Vital statistics of India. Vol. IV, Annual returns from 1871 to 1876. British Army of India, Native Army and jails of Bengal
Year: 1871
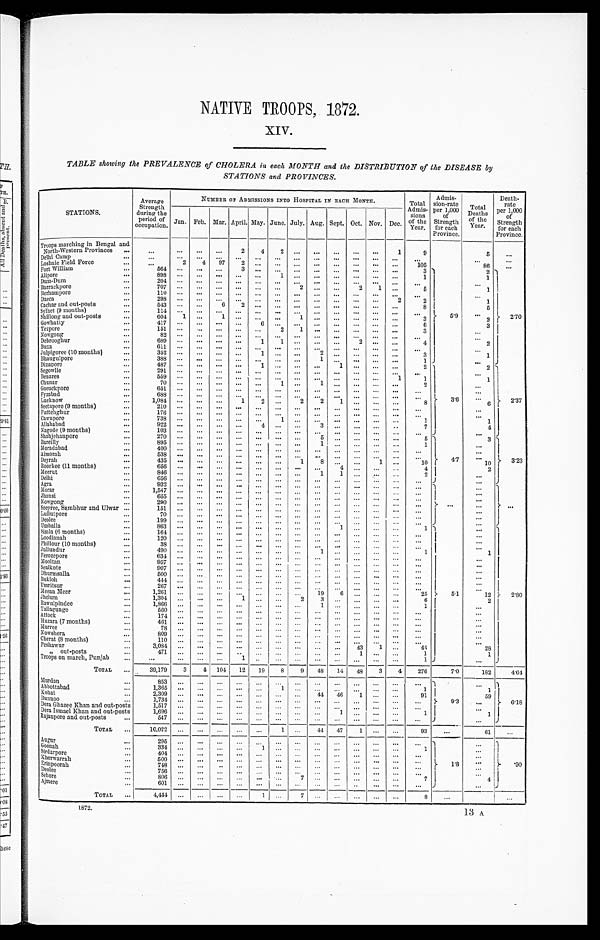
NATIVE TROOPS, 1872.
XIV.
TABLE showing the PREVALENCE of CHOLERA in each MONTH and the DISTRIBUTION of the DISEASE by
STATIONS and PROVINCES.
STATIONS.
Average
Strength
during the
period of
occupation.
NUMBER OF ADMISSIONS INTO HOSPITAL IN EACH MONTH.
Total
Admis-
sions
of the
Year.
Admis-
sion-rate
per 1,000
of
Strength
for each
Province.
Total
Deaths
of the
Year.
Death-
rate
per 1 000
of
Strength
for each
Province.
Jan. Feb. Mar. April.
June. July. Aug.
Oct. Nov. Dec.
May.
Sept.
Troops marching in Bengal and
North-Western Provinces . . .
. . . . . .
. . .
. . .
2
4
2
. . .
. . .
. . .
. . .
. . .
1
9
5
. . .
Delhi Camp . . .
. . . . . .
. . .
. . .
. . .
. . .
. . .
. . .
. . .
. . .
. . .
. . .
. . .
. . .
. . .
. . .
Loshaie Field Force . . .
. . . 2
4
97
2
. . .
. . .
. . .
. . .
. . .
. . .
. . .
. . .
1 0 5
8 6
. . .
Fort William . . .
5 6 4
. . .. . .
. . .
3
. . .
. . .
. . .
. . .
. . .
. . .
. . .
. . .
3
5.9
2
2 . 7 0
Alipore . . .
8 9 8
. . .. . .
. . .
. . .
. . .
1
. . .
. . .
. . .
. . .
. . .
. . .
1
1
Dum-Dum . . .
204
. . .. . .
. . .
. . .
. . .
. . .
. . .
. . .
. . .
. . .
. . .
. . .
. . .
. . .
Barrackpore . . .
7 0 7
. . .. . .
. . .
. . .
. . .
. . .
2
. . .
. . .
2
1
. . .
5
1
Berhampore . . .
1 1 0 . . .
. . .
. . .
. . .
. . .
. . .
. . .
. . .
. . .
. . .
. . .
. . .
. . .
. . .
D a c c a . . .
2 9 8. . .
. . .
. . .
. . .
. . .
. . .
. . .
. . .
. . .
. . .
. . .
2
2
1
Cachar and out-posts . . .
543
. . .
. . .
6
2
. . .
. . .
. . .
. . .
. . .
. . .
. . .
. . .
8
5
Sylhet (9 months) . . .
1 1 4. . .
. . .
. . .
. . .
. . .
. . .
. . .
. . .
. . .
. . .
. . .
. . .
. . .
. . .
Shillong and out-posts . . .
604
1
. . .
1
. . .
. . .
. . .
1
. . .
. . .
. . .
. . .
. . .
3
2
Gowhatty . . .
4 1 7
. . . . . .
. . .
. . .
6
. . . . . .
. . .
. . .
. . .
. . .
. . .
6
3
Tezpore . . .
151
. . .
. . .
. . .
. . .
. . .
2 1
. . .
. . .
. . .
. . .
. . .
3
. . .
Nowgong . . .
82 . . .
. . .
. . .
. . .
. . .
. . .. . .
. . .
. . .
. . .
. . .
. . .
. . .
. . .
Debrooghur
689 . . .
. . .
. . .
. . .
1
1 . . .
. . .
. . .
2
. . .
. . .
4
2
Buxa . . .
611 . . .
. . .
. . .
. . .
. . .
. . .. . .
. . .
. . .
. . .
. . .
. . .
. . .
. . .
Julpigoree (10 months) . . .
3 5 2. . .
. . .
. . .
. . .
1
. . .. . .
2
. . .
. . .
. . .
. . .
3
1
Bhaugulpore . . .
388 . . .
. . .
. . .
. . .
. . .
. . .. . .
1
. . .
. . .
. . .
. . .
1
. . .
Di napor e . . .
487 . . .
. . .
. . .
. . .
1
. . .. . .
. . .
1
. . .
. . .
. . .
2
3.6
2
2.37
Segowlie . . .
291 . . .
. . .
. . .
. . .
. . .
. . .
. . .
. . .
. . .
. . .
. . .
. . .
. . .
. . .
Benares . . .
5 5 9. . .
. . .
. . .
. . .
. . .
. . .
. . .
. . .
. . .
. . .
. . .
1
1
1
Chunar . . .
70 . . .
. . .
. . .
. . .
. . .
1
. . .
1
. . .
. . .
. . .
. . .
2
. . .
Goruckpore . . .
651 . . .
. . .
. . .
. . .
. . .
. . .
. . . . . .
. . .
. . .
. . .
. . .
. . .
. . .
Fyzabad . . .
6 8 8. . .
. . .
. . .
. . .
. . .
. . .
. . .
. . .
. . .
. . .
. . .
. . .
. . .
. . .
Luc know . . .
1,084 . . .
. . .
. . .
1
2
. . .
2
2
1
. . .
. . .
. . .
8
6
Seetapore (9 months) . . .
210
. . .
. . .
. . .
. . .
. . .
. . .. . .
. . .
. . .
. . .
. . .
. . .
. . .
. . .
Futtehghur . . .
1 7 6. . .
. . .
. . .
. . .
. . .
. . .
. . .
. . .
. . .
. . .
. . .
. . .
. . .
. . .
Cawnpore . . .
738
. . .
. . .
. . .
. . .
. . .
1
. . .
. . .
. . .
. . .
. . .
. . .
1
1
Al l a ha ba d . . .
922
. . .
. . .
. . .
. . .
4
. . .
. . .
3
. . .
. . .
. . .
. . .
7
4
Nagode (9 months) . . .
103
. . .
. . .
. . .
. . .
. . .
. . .
. . .
. . .
. . .
. . .
. . .
. . .
. . .
. . .
Shahjehanpore . . .
2 7 0. . .
. . .
. . .
. . .
. . .
. . .
. . .
5
. . .
. . .
. . .
. . .
5
4.7
3
3.23
Bareilly . . .
895 . . .
. . .
. . .
. . .
. . .
. . .
. . .
1
. . .
. . .
. . .
. . .
1
. . .
Mor a da ba d . . .
4 0 0. . .
. . .
. . .
. . .
. . .
. . .
. . .
. . .
. . .
. . .
. . .
. . .
. . .
. . .
Almorah . . .
5 3 8
. . .
. . .
. . .
. . .
. . .
. . .
. . .
. . .
. . .
. . .
. . .
. . .
. . .
Deyrah . . .
4 3 5. . .
. . .
. . .
. . .
. . .
. . .
1
8
. . .
. . .
1
. . .
10
1 0
Roorkee (11 months) . . .
6 5 6. . .
. . .
. . .
. . .
. . .
. . . . . .
. . .
4
. . .
. . .
. . .
4
2
Meerut . . .
8 4 6. . .
. . .
. . .
. . .
. . .
. . . . . .
1
1
. . .
. . .
. . .
2
. . .
Del hi . . .
6 5 6. . .
. . .
. . .
. . .
. . .
. . . . . .
. . .
. . .
. . .
. . .
. . .
. . .
. . .
Agra . . .
9 3 2. . .
. . .
. . .
. . .
. . .
. . . . . .
. . .
. . .
. . .
. . .
. . .
. . .
. . .
. . .
. . .
Morar . . .
1,547
. . .
. . .
. . .
. . .
. . .
. . .
. . .
. . .
. . .
. . .
. . .
. . .
. . .
. . .
Jhansi . . .
655
. . .
. . .
. . .
. . .
. . .
. . .
. . .
. . .
. . .
. . .
. . .
. . .
. . .
. . .
Nowgong . . .
290
. . .
. . .
. . .
. . .
. . .
. . .
. . .
. . .
. . .
. . .
. . .
. . .
. . .
. . .
Seepree, Sambhur and Ulwar . . .
151
. . .
. . .
. . .
. . .
. . .
. . .
. . .
. . .
. . .
. . .
. . .
. . .
. . .
. . .
Lullutpore . . .
7 0
. . .
. . .
. . .
. . .
. . .
. . .
. . .
. . .
. . .
. . .
. . .
. . .
. . .
. . .
Deolee . . .
1 9 9. . .
. . .
. . .
. . .
. . .
. . .
. . .
. . .
. . .
. . .
. . .
. . .
. . .
. . .
Umballa . . .
863
. . .
. . .
. . .
. . .
. . .
. . .
. . .
. . .
. . .
. . .
. . .
. . .
. . .
. . .
Simla (6 months)
. . .
164 . . .
. . .
. . .
. . .
. . .
. . .
. . .
. . .. . .
1
. . .
. . .
1
5.1
. . .
2.80
Loodianah . . .
120
. . .
. . .
. . .
. . .
. . .
. . .
. . .
. . .
. . .
. . .
. . .
. . .
. . .
. . .
Phillour (10 months) . . .
3 8
. . . . . .
. . .
. . .
. . .
. . .
. . .
. . .
. . .
. . .
. . .
. . .
. . .
. . .
Jullundur . . .
490
. . .
. . .
. . .
. . .
. . .
. . .
. . .
1
. . .
. . .
. . .
. . .
1
1
Fe r o z e p o r e . . .
634 . . .
. . .
. . .
. . .
. . .
. . .
. . .
. . .
. . .
. . .
. . .
. . .
. . .
. . .
Mool t an . . .
957 . . .
. . .
. . .
. . .
. . .
. . .
. . .
. . .
. . .
. . .
. . .
. . .
. . .
. . .
Sealkote . . .
907
. . .
. . .
. . .
. . .
. . .
. . .
. . .
. . .
. . .
. . .
. . .
. . .
. . .
. . .
Dhurmsalla . . .
5 0 0. . .
. . .
. . .
. . .
. . .
. . .
. . .
. . .
. . .
. . .
. . .
. . .
. . .
. . .
Bukloh . . .
444
. . .
. . .
. . .
. . .
. . .
. . .
. . .
. . .
. . .
. . .
. . .
. . .
. . .
. . .
Umritsur . . .
2 6 7. . .
. . .
. . .
. . .
. . .
. . .
. . .
. . .
. . .
. . .
. . .
. . .
. . .
. . .
Meean Meer . . .
1,261
. . .
. . .
. . .
. . .
. . .
. . .
. . .
19
6
. . .
. . .
. . .
2 5
1 2
Jhelum . . .
1,304
. . .
. . .
. . .
1
. . .
. . .
2
3
. . .
. . .
. . .
. . .
6
2
Rawulpindee . . .
1,866
. . .
. . .
. . .
. . .
. . .
. . . . . .
1
. . .
. . .
. . .
. . .
1
. . .
Tallagunge . . .
5 6 0. . .
. . .
. . .
. . .
. . .
. . .
. . .
. . .
. . .
. . .
. . .
. . .
. . .
. . .
At t ock . . .
1 7 4. . .
. . .
. . .
. . .
. . .
. . .
. . .
. . .
. . .
. . .
. . .
. . .
. . .
. . .
Huzara (7 months)
. . .
4 6 1. . .
. . .
. . .
. . .
. . .
. . .
. . .
. . .
. . .
. . .
. . .
. . .
. . .
. . .
Mur r ee . . .
7 8
. . .
. . .
. . .
. . .
. . .
. . .
. . .
. . .
. . .
. . .
. . .
. . .
. . .
. . .
Nowshera . . .
8 0 9. . .
. . .
. . .
. . .
. . .
. . .
. . .
. . .
. . .
. . .
. . .
. . .
. . .
. . .
Cherat (8 months) . . .
110
. . .
. . .
. . .
. . .
. . .
. . .
. . .
. . .
. . .
. . .
. . .
. . .
. . .
. . .
Peshawur . . .
3 , 0 8 4
. . . . . .
. . .
. . .
. . .
. . .
. . .
. . .
. . .
4 3
1
. . .
4 4
2 8
" out-posts . . .
4 7 1
. . . . . .
. . .
. . .
. . .
. . .
. . .
. . .
. . .
1
. . .
. . .
1
1
Troops on march, Punjab . . .
. . .
. . .
. . .
. . .
1
. . .
. . .
. . .
. . .
. . .
. . .
. . .
. . .
1
. . .
TOTAL . . .
39,179
3
4
104
12
19
8
9
48
14
48
3
4
276
7.0
182
4.64
Murdan . . .
8 5 3
. . .. . .
. . .
. . .
. . .
. . .. . .
. . .
. . .
. . .
. . .
. . .
. . .
9.3
. . .
6.18
Abbot t a ba d . . .
1 , 3 6 5
. . .. . .
. . .
. . .
. . .
1
. . .
. . .
. . .
. . .
. . .
. . .
1
1
Kohat . . .
2,309
. . . . . .
. . .
. . .
. . .
. . .
. . .
44
46
1
. . .
. . .
91
5 9
Bunnoo . . .
1 , 7 3 4
. . .. . .
. . .
. . .
. . .
. . .
. . .
. . .
. . .
. . .
. . .
. . .
. . .
. . .
Dera Ghazee Khan and out-posts
1 , 5 1 7
. . .. . .
. . .
. . .
. . .
. . .
. . .
. . .
. . .
. . .
. . .
. . .
. . .
. . .
Dera Ismael Khan and out-posts
1 , 6 9 6
. . .. . .
. . .
. . .
. . .
. . . . . .
. . .
1
. . .
. . .
. . .
1
1
Rajaupore and out-posts . . .
5 4 7
. . .. . .
. . .
. . .
. . .
. . . . . .
. . .
. . .
. . .
. . .
. . .
. . .
. . .
TOTAL . . .
1 0 . 0 2 2
. . .. . .
. . .
. . .
. . .
1 . . .
44
47
1
. . .
. . .
93
. . .
61
. . .
Augur . . .
2 9 5
. . .. . .
. . .
. . .
. . .
. . . . . .
. . .
. . .
. . .
. . .
. . .
. . .
1.8
. . .
.90
Goonah . . .
334
. . .
. . .
. . .
. . .
1
. . . . . .
. . .
. . .
. . .
. . .
. . .
1
. . .
Sirdarpore . . .
4 0 4. . .
. . .
. . .
. . .
. . .
. . . . . .
. . .
. . .
. . .
. . .
. . .
. . .
. . .
Kherwarrah . . .
5 0 0. . .
. . .
. . .
. . .
. . .
. . . . . .
. . .
. . .
. . .
. . .
. . .
. . .
. . .
Erinpoorah . . .
748
. . .
. . .
. . .
. . .
. . .
. . . . . .
. . .
. . .
. . .
. . .
. . .
. . .
. . .
Deolee . . .
7 5 6
. . .. . .
. . .
. . .
. . .
. . .
. . .
. . .
. . .
. . .
. . .
. . .
. . .
. . .
Sehor e . . .
806
. . . . . .
. . .
. . .
. . .
. . .
7
. . .
. . .
. . .
. . .
. . .
7
4
Ajmere . . .
6 0 1. . .
. . .
. . .
. . .
. . .
. . . . . .
. . . . . .
. . .
. . .
. . .
. . .
. . .
TOTAL . . .
4 , 4 4 4. . .
. . .
. . .
. . .
1
. . . 7
. . .
. . .
. . .
. . .
. . .
8
. . .
. . .
1872.
13 A.